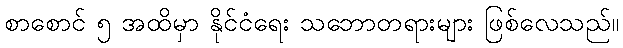
စာစောင် ၅ အထိမှာ နိုင်ငံရေး သဘောတရားများ ဖြစ်လေသည်။